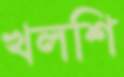
খলশি